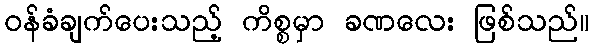
ဝန်ခံချက်ပေးသည့် ကိစ္စမှာ ခဏလေး ဖြစ်သည်။